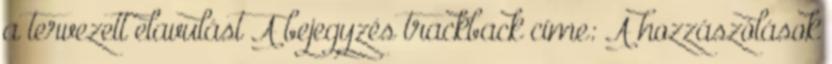
a tervezett elavulást A bejegyzés trackback címe: A hozzászólások